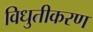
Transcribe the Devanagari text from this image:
विधुतीकरण